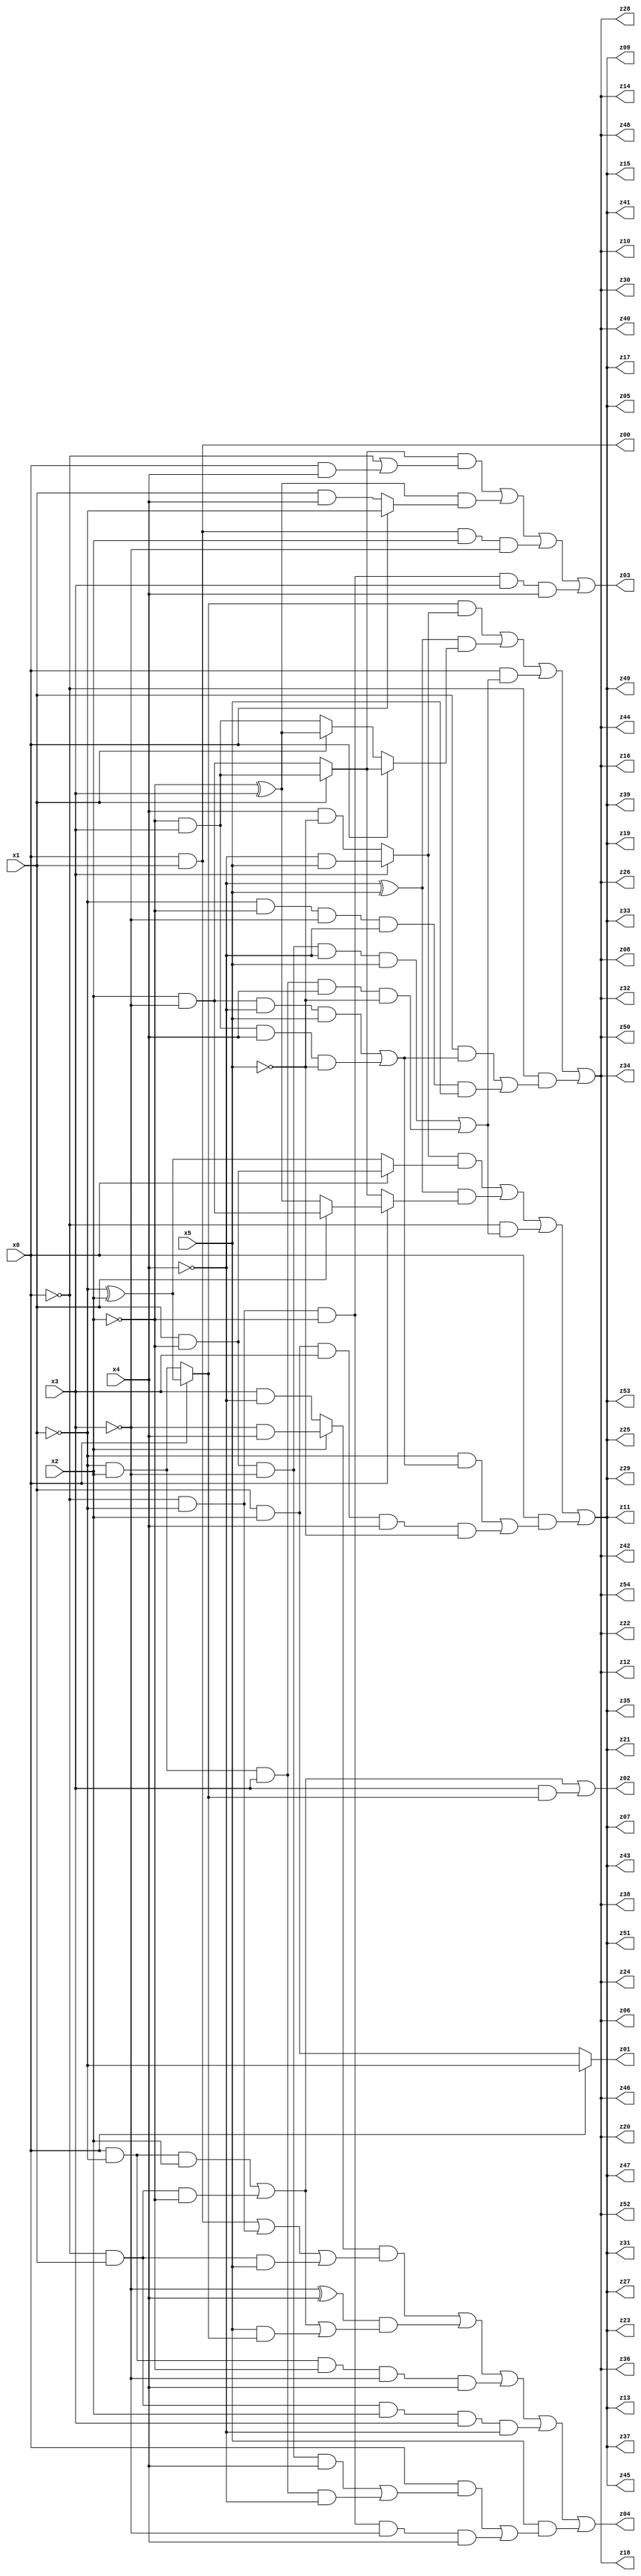
// Benchmark "q_9" written by ABC on Mon Jul 10 18:45:42 2023

module q_9 ( 
    x0, x1, x2, x3, x4, x5,
    z00, z01, z02, z03, z04, z05, z06, z07, z08, z09, z10, z11, z12, z13,
    z14, z15, z16, z17, z18, z19, z20, z21, z22, z23, z24, z25, z26, z27,
    z28, z29, z30, z31, z32, z33, z34, z35, z36, z37, z38, z39, z40, z41,
    z42, z43, z44, z45, z46, z47, z48, z49, z50, z51, z52, z53, z54  );
  input  x0, x1, x2, x3, x4, x5;
  output z00, z01, z02, z03, z04, z05, z06, z07, z08, z09, z10, z11, z12, z13,
    z14, z15, z16, z17, z18, z19, z20, z21, z22, z23, z24, z25, z26, z27,
    z28, z29, z30, z31, z32, z33, z34, z35, z36, z37, z38, z39, z40, z41,
    z42, z43, z44, z45, z46, z47, z48, z49, z50, z51, z52, z53, z54;
  assign z00 = x0 & x1;
  assign z01 = x0 ? ~x1 : (x1 & x2);
  assign z02 = (x0 & ~x1 & x2) | (~x0 & x1 & ~x2) | (x3 & (x0 ? (~x1 ^ x2) : (~x1 & x2)));
  assign z03 = ((x1 ? (~x2 & x3) : (x2 & ~x3)) & (~x0 | (x0 & x4))) | ((~x2 ^ x3) & (x0 ? ~x1 : (x1 & x4))) | (x0 & x1 & x2 & ~x3) | (~x0 & ~x1 & ~x2 & x3 & x4);
  assign z04 = ((x2 ? (~x3 & x4) : (x3 & ~x4)) & ((x0 & x1) | (~x0 & ~x1) | (~x0 & x1 & x5))) | ((~x3 ^ x4) & ((x0 & ~x1 & x2) | (~x0 & x1 & ~x2) | (x5 & (x0 ? (~x1 ^ x2) : (~x1 & x2))))) | (x0 & ~x1 & ~x2 & ~x3 & x4) | (~x0 & x1 & x2 & x3 & ~x4) | (x5 & ((x0 & ((x1 & ~x2 & ~x3 & x4) | (~x1 & x2 & x3 & ~x4))) | (~x0 & ~x1 & ~x2 & ~x3 & x4)));
  assign z05 = ((x3 ? (~x4 & x5) : (x4 & ~x5)) & (x0 ? (x1 & ~x2) : (~x1 ^ x2))) | ((~x4 ^ x5) & (x0 ? (x1 ? (x2 & ~x3) : (~x2 ^ x3)) : (x1 ? (~x2 & x3) : (x2 & ~x3)))) | (~x0 & ((x1 & ~x2 & ~x3 & ~x4 & x5) | (~x1 & x2 & x3 & x4 & ~x5))) | (x0 & ((~x1 & ((x2 & ~x3 & ~x4 & x5) | (~x2 & x3 & x4 & ~x5))) | (x1 & x2 & x3 & x4 & ~x5)));
  assign z06 = ((x0 ? (~x1 ^ x2) : (~x1 & x2)) & (x3 ? (~x4 & x5) : (x4 & ~x5))) | ((~x4 ^ x5) & (x0 ? (x1 ? (~x2 & x3) : (x2 & ~x3)) : (x1 ? (~x2 ^ x3) : (~x2 & x3)))) | (x0 & ((x1 & ~x2 & ~x3 & ~x4 & x5) | (~x1 & x2 & x3 & x4 & ~x5))) | (~x0 & ((x1 & ((x2 & ~x3 & ~x4 & x5) | (~x2 & x3 & x4 & ~x5))) | (~x1 & ~x2 & ~x3 & ~x4 & x5)));
  assign z07 = ((x3 ? (~x4 & x5) : (x4 & ~x5)) & (x0 ? (x1 & ~x2) : (~x1 ^ x2))) | ((~x4 ^ x5) & (x0 ? (x1 ? (x2 & ~x3) : (~x2 ^ x3)) : (x1 ? (~x2 & x3) : (x2 & ~x3)))) | (~x0 & ((x1 & ~x2 & ~x3 & ~x4 & x5) | (~x1 & x2 & x3 & x4 & ~x5))) | (x0 & ((~x1 & ((x2 & ~x3 & ~x4 & x5) | (~x2 & x3 & x4 & ~x5))) | (x1 & x2 & x3 & x4 & ~x5)));
  assign z08 = ((x0 ? (~x1 ^ x2) : (~x1 & x2)) & (x3 ? (~x4 & x5) : (x4 & ~x5))) | ((~x4 ^ x5) & (x0 ? (x1 ? (~x2 & x3) : (x2 & ~x3)) : (x1 ? (~x2 ^ x3) : (~x2 & x3)))) | (x0 & ((x1 & ~x2 & ~x3 & ~x4 & x5) | (~x1 & x2 & x3 & x4 & ~x5))) | (~x0 & ((x1 & ((x2 & ~x3 & ~x4 & x5) | (~x2 & x3 & x4 & ~x5))) | (~x1 & ~x2 & ~x3 & ~x4 & x5)));
  assign z09 = ((x3 ? (~x4 & x5) : (x4 & ~x5)) & (x0 ? (x1 & ~x2) : (~x1 ^ x2))) | ((~x4 ^ x5) & (x0 ? (x1 ? (x2 & ~x3) : (~x2 ^ x3)) : (x1 ? (~x2 & x3) : (x2 & ~x3)))) | (~x0 & ((x1 & ~x2 & ~x3 & ~x4 & x5) | (~x1 & x2 & x3 & x4 & ~x5))) | (x0 & ((~x1 & ((x2 & ~x3 & ~x4 & x5) | (~x2 & x3 & x4 & ~x5))) | (x1 & x2 & x3 & x4 & ~x5)));
  assign z10 = ((x0 ? (~x1 ^ x2) : (~x1 & x2)) & (x3 ? (~x4 & x5) : (x4 & ~x5))) | ((~x4 ^ x5) & (x0 ? (x1 ? (~x2 & x3) : (x2 & ~x3)) : (x1 ? (~x2 ^ x3) : (~x2 & x3)))) | (x0 & ((x1 & ~x2 & ~x3 & ~x4 & x5) | (~x1 & x2 & x3 & x4 & ~x5))) | (~x0 & ((x1 & ((x2 & ~x3 & ~x4 & x5) | (~x2 & x3 & x4 & ~x5))) | (~x1 & ~x2 & ~x3 & ~x4 & x5)));
  assign z11 = ((x3 ? (~x4 & x5) : (x4 & ~x5)) & (x0 ? (x1 & ~x2) : (~x1 ^ x2))) | ((~x4 ^ x5) & (x0 ? (x1 ? (x2 & ~x3) : (~x2 ^ x3)) : (x1 ? (~x2 & x3) : (x2 & ~x3)))) | (~x0 & ((x1 & ~x2 & ~x3 & ~x4 & x5) | (~x1 & x2 & x3 & x4 & ~x5))) | (x0 & ((~x1 & ((x2 & ~x3 & ~x4 & x5) | (~x2 & x3 & x4 & ~x5))) | (x1 & x2 & x3 & x4 & ~x5)));
  assign z12 = ((x0 ? (~x1 ^ x2) : (~x1 & x2)) & (x3 ? (~x4 & x5) : (x4 & ~x5))) | ((~x4 ^ x5) & (x0 ? (x1 ? (~x2 & x3) : (x2 & ~x3)) : (x1 ? (~x2 ^ x3) : (~x2 & x3)))) | (x0 & ((x1 & ~x2 & ~x3 & ~x4 & x5) | (~x1 & x2 & x3 & x4 & ~x5))) | (~x0 & ((x1 & ((x2 & ~x3 & ~x4 & x5) | (~x2 & x3 & x4 & ~x5))) | (~x1 & ~x2 & ~x3 & ~x4 & x5)));
  assign z13 = ((x3 ? (~x4 & x5) : (x4 & ~x5)) & (x0 ? (x1 & ~x2) : (~x1 ^ x2))) | ((~x4 ^ x5) & (x0 ? (x1 ? (x2 & ~x3) : (~x2 ^ x3)) : (x1 ? (~x2 & x3) : (x2 & ~x3)))) | (~x0 & ((x1 & ~x2 & ~x3 & ~x4 & x5) | (~x1 & x2 & x3 & x4 & ~x5))) | (x0 & ((~x1 & ((x2 & ~x3 & ~x4 & x5) | (~x2 & x3 & x4 & ~x5))) | (x1 & x2 & x3 & x4 & ~x5)));
  assign z14 = ((x0 ? (~x1 ^ x2) : (~x1 & x2)) & (x3 ? (~x4 & x5) : (x4 & ~x5))) | ((~x4 ^ x5) & (x0 ? (x1 ? (~x2 & x3) : (x2 & ~x3)) : (x1 ? (~x2 ^ x3) : (~x2 & x3)))) | (x0 & ((x1 & ~x2 & ~x3 & ~x4 & x5) | (~x1 & x2 & x3 & x4 & ~x5))) | (~x0 & ((x1 & ((x2 & ~x3 & ~x4 & x5) | (~x2 & x3 & x4 & ~x5))) | (~x1 & ~x2 & ~x3 & ~x4 & x5)));
  assign z15 = ((x3 ? (~x4 & x5) : (x4 & ~x5)) & (x0 ? (x1 & ~x2) : (~x1 ^ x2))) | ((~x4 ^ x5) & (x0 ? (x1 ? (x2 & ~x3) : (~x2 ^ x3)) : (x1 ? (~x2 & x3) : (x2 & ~x3)))) | (~x0 & ((x1 & ~x2 & ~x3 & ~x4 & x5) | (~x1 & x2 & x3 & x4 & ~x5))) | (x0 & ((~x1 & ((x2 & ~x3 & ~x4 & x5) | (~x2 & x3 & x4 & ~x5))) | (x1 & x2 & x3 & x4 & ~x5)));
  assign z16 = ((x0 ? (~x1 ^ x2) : (~x1 & x2)) & (x3 ? (~x4 & x5) : (x4 & ~x5))) | ((~x4 ^ x5) & (x0 ? (x1 ? (~x2 & x3) : (x2 & ~x3)) : (x1 ? (~x2 ^ x3) : (~x2 & x3)))) | (x0 & ((x1 & ~x2 & ~x3 & ~x4 & x5) | (~x1 & x2 & x3 & x4 & ~x5))) | (~x0 & ((x1 & ((x2 & ~x3 & ~x4 & x5) | (~x2 & x3 & x4 & ~x5))) | (~x1 & ~x2 & ~x3 & ~x4 & x5)));
  assign z17 = ((x3 ? (~x4 & x5) : (x4 & ~x5)) & (x0 ? (x1 & ~x2) : (~x1 ^ x2))) | ((~x4 ^ x5) & (x0 ? (x1 ? (x2 & ~x3) : (~x2 ^ x3)) : (x1 ? (~x2 & x3) : (x2 & ~x3)))) | (~x0 & ((x1 & ~x2 & ~x3 & ~x4 & x5) | (~x1 & x2 & x3 & x4 & ~x5))) | (x0 & ((~x1 & ((x2 & ~x3 & ~x4 & x5) | (~x2 & x3 & x4 & ~x5))) | (x1 & x2 & x3 & x4 & ~x5)));
  assign z18 = ((x0 ? (~x1 ^ x2) : (~x1 & x2)) & (x3 ? (~x4 & x5) : (x4 & ~x5))) | ((~x4 ^ x5) & (x0 ? (x1 ? (~x2 & x3) : (x2 & ~x3)) : (x1 ? (~x2 ^ x3) : (~x2 & x3)))) | (x0 & ((x1 & ~x2 & ~x3 & ~x4 & x5) | (~x1 & x2 & x3 & x4 & ~x5))) | (~x0 & ((x1 & ((x2 & ~x3 & ~x4 & x5) | (~x2 & x3 & x4 & ~x5))) | (~x1 & ~x2 & ~x3 & ~x4 & x5)));
  assign z19 = ((x3 ? (~x4 & x5) : (x4 & ~x5)) & (x0 ? (x1 & ~x2) : (~x1 ^ x2))) | ((~x4 ^ x5) & (x0 ? (x1 ? (x2 & ~x3) : (~x2 ^ x3)) : (x1 ? (~x2 & x3) : (x2 & ~x3)))) | (~x0 & ((x1 & ~x2 & ~x3 & ~x4 & x5) | (~x1 & x2 & x3 & x4 & ~x5))) | (x0 & ((~x1 & ((x2 & ~x3 & ~x4 & x5) | (~x2 & x3 & x4 & ~x5))) | (x1 & x2 & x3 & x4 & ~x5)));
  assign z20 = ((x0 ? (~x1 ^ x2) : (~x1 & x2)) & (x3 ? (~x4 & x5) : (x4 & ~x5))) | ((~x4 ^ x5) & (x0 ? (x1 ? (~x2 & x3) : (x2 & ~x3)) : (x1 ? (~x2 ^ x3) : (~x2 & x3)))) | (x0 & ((x1 & ~x2 & ~x3 & ~x4 & x5) | (~x1 & x2 & x3 & x4 & ~x5))) | (~x0 & ((x1 & ((x2 & ~x3 & ~x4 & x5) | (~x2 & x3 & x4 & ~x5))) | (~x1 & ~x2 & ~x3 & ~x4 & x5)));
  assign z21 = ((x3 ? (~x4 & x5) : (x4 & ~x5)) & (x0 ? (x1 & ~x2) : (~x1 ^ x2))) | ((~x4 ^ x5) & (x0 ? (x1 ? (x2 & ~x3) : (~x2 ^ x3)) : (x1 ? (~x2 & x3) : (x2 & ~x3)))) | (~x0 & ((x1 & ~x2 & ~x3 & ~x4 & x5) | (~x1 & x2 & x3 & x4 & ~x5))) | (x0 & ((~x1 & ((x2 & ~x3 & ~x4 & x5) | (~x2 & x3 & x4 & ~x5))) | (x1 & x2 & x3 & x4 & ~x5)));
  assign z22 = ((x0 ? (~x1 ^ x2) : (~x1 & x2)) & (x3 ? (~x4 & x5) : (x4 & ~x5))) | ((~x4 ^ x5) & (x0 ? (x1 ? (~x2 & x3) : (x2 & ~x3)) : (x1 ? (~x2 ^ x3) : (~x2 & x3)))) | (x0 & ((x1 & ~x2 & ~x3 & ~x4 & x5) | (~x1 & x2 & x3 & x4 & ~x5))) | (~x0 & ((x1 & ((x2 & ~x3 & ~x4 & x5) | (~x2 & x3 & x4 & ~x5))) | (~x1 & ~x2 & ~x3 & ~x4 & x5)));
  assign z23 = ((x3 ? (~x4 & x5) : (x4 & ~x5)) & (x0 ? (x1 & ~x2) : (~x1 ^ x2))) | ((~x4 ^ x5) & (x0 ? (x1 ? (x2 & ~x3) : (~x2 ^ x3)) : (x1 ? (~x2 & x3) : (x2 & ~x3)))) | (~x0 & ((x1 & ~x2 & ~x3 & ~x4 & x5) | (~x1 & x2 & x3 & x4 & ~x5))) | (x0 & ((~x1 & ((x2 & ~x3 & ~x4 & x5) | (~x2 & x3 & x4 & ~x5))) | (x1 & x2 & x3 & x4 & ~x5)));
  assign z24 = ((x0 ? (~x1 ^ x2) : (~x1 & x2)) & (x3 ? (~x4 & x5) : (x4 & ~x5))) | ((~x4 ^ x5) & (x0 ? (x1 ? (~x2 & x3) : (x2 & ~x3)) : (x1 ? (~x2 ^ x3) : (~x2 & x3)))) | (x0 & ((x1 & ~x2 & ~x3 & ~x4 & x5) | (~x1 & x2 & x3 & x4 & ~x5))) | (~x0 & ((x1 & ((x2 & ~x3 & ~x4 & x5) | (~x2 & x3 & x4 & ~x5))) | (~x1 & ~x2 & ~x3 & ~x4 & x5)));
  assign z25 = ((x3 ? (~x4 & x5) : (x4 & ~x5)) & (x0 ? (x1 & ~x2) : (~x1 ^ x2))) | ((~x4 ^ x5) & (x0 ? (x1 ? (x2 & ~x3) : (~x2 ^ x3)) : (x1 ? (~x2 & x3) : (x2 & ~x3)))) | (~x0 & ((x1 & ~x2 & ~x3 & ~x4 & x5) | (~x1 & x2 & x3 & x4 & ~x5))) | (x0 & ((~x1 & ((x2 & ~x3 & ~x4 & x5) | (~x2 & x3 & x4 & ~x5))) | (x1 & x2 & x3 & x4 & ~x5)));
  assign z26 = ((x0 ? (~x1 ^ x2) : (~x1 & x2)) & (x3 ? (~x4 & x5) : (x4 & ~x5))) | ((~x4 ^ x5) & (x0 ? (x1 ? (~x2 & x3) : (x2 & ~x3)) : (x1 ? (~x2 ^ x3) : (~x2 & x3)))) | (x0 & ((x1 & ~x2 & ~x3 & ~x4 & x5) | (~x1 & x2 & x3 & x4 & ~x5))) | (~x0 & ((x1 & ((x2 & ~x3 & ~x4 & x5) | (~x2 & x3 & x4 & ~x5))) | (~x1 & ~x2 & ~x3 & ~x4 & x5)));
  assign z27 = ((x3 ? (~x4 & x5) : (x4 & ~x5)) & (x0 ? (x1 & ~x2) : (~x1 ^ x2))) | ((~x4 ^ x5) & (x0 ? (x1 ? (x2 & ~x3) : (~x2 ^ x3)) : (x1 ? (~x2 & x3) : (x2 & ~x3)))) | (~x0 & ((x1 & ~x2 & ~x3 & ~x4 & x5) | (~x1 & x2 & x3 & x4 & ~x5))) | (x0 & ((~x1 & ((x2 & ~x3 & ~x4 & x5) | (~x2 & x3 & x4 & ~x5))) | (x1 & x2 & x3 & x4 & ~x5)));
  assign z28 = ((x0 ? (~x1 ^ x2) : (~x1 & x2)) & (x3 ? (~x4 & x5) : (x4 & ~x5))) | ((~x4 ^ x5) & (x0 ? (x1 ? (~x2 & x3) : (x2 & ~x3)) : (x1 ? (~x2 ^ x3) : (~x2 & x3)))) | (x0 & ((x1 & ~x2 & ~x3 & ~x4 & x5) | (~x1 & x2 & x3 & x4 & ~x5))) | (~x0 & ((x1 & ((x2 & ~x3 & ~x4 & x5) | (~x2 & x3 & x4 & ~x5))) | (~x1 & ~x2 & ~x3 & ~x4 & x5)));
  assign z29 = ((x3 ? (~x4 & x5) : (x4 & ~x5)) & (x0 ? (x1 & ~x2) : (~x1 ^ x2))) | ((~x4 ^ x5) & (x0 ? (x1 ? (x2 & ~x3) : (~x2 ^ x3)) : (x1 ? (~x2 & x3) : (x2 & ~x3)))) | (~x0 & ((x1 & ~x2 & ~x3 & ~x4 & x5) | (~x1 & x2 & x3 & x4 & ~x5))) | (x0 & ((~x1 & ((x2 & ~x3 & ~x4 & x5) | (~x2 & x3 & x4 & ~x5))) | (x1 & x2 & x3 & x4 & ~x5)));
  assign z30 = ((x0 ? (~x1 ^ x2) : (~x1 & x2)) & (x3 ? (~x4 & x5) : (x4 & ~x5))) | ((~x4 ^ x5) & (x0 ? (x1 ? (~x2 & x3) : (x2 & ~x3)) : (x1 ? (~x2 ^ x3) : (~x2 & x3)))) | (x0 & ((x1 & ~x2 & ~x3 & ~x4 & x5) | (~x1 & x2 & x3 & x4 & ~x5))) | (~x0 & ((x1 & ((x2 & ~x3 & ~x4 & x5) | (~x2 & x3 & x4 & ~x5))) | (~x1 & ~x2 & ~x3 & ~x4 & x5)));
  assign z31 = ((x3 ? (~x4 & x5) : (x4 & ~x5)) & (x0 ? (x1 & ~x2) : (~x1 ^ x2))) | ((~x4 ^ x5) & (x0 ? (x1 ? (x2 & ~x3) : (~x2 ^ x3)) : (x1 ? (~x2 & x3) : (x2 & ~x3)))) | (~x0 & ((x1 & ~x2 & ~x3 & ~x4 & x5) | (~x1 & x2 & x3 & x4 & ~x5))) | (x0 & ((~x1 & ((x2 & ~x3 & ~x4 & x5) | (~x2 & x3 & x4 & ~x5))) | (x1 & x2 & x3 & x4 & ~x5)));
  assign z32 = ((x0 ? (~x1 ^ x2) : (~x1 & x2)) & (x3 ? (~x4 & x5) : (x4 & ~x5))) | ((~x4 ^ x5) & (x0 ? (x1 ? (~x2 & x3) : (x2 & ~x3)) : (x1 ? (~x2 ^ x3) : (~x2 & x3)))) | (x0 & ((x1 & ~x2 & ~x3 & ~x4 & x5) | (~x1 & x2 & x3 & x4 & ~x5))) | (~x0 & ((x1 & ((x2 & ~x3 & ~x4 & x5) | (~x2 & x3 & x4 & ~x5))) | (~x1 & ~x2 & ~x3 & ~x4 & x5)));
  assign z33 = ((x3 ? (~x4 & x5) : (x4 & ~x5)) & (x0 ? (x1 & ~x2) : (~x1 ^ x2))) | ((~x4 ^ x5) & (x0 ? (x1 ? (x2 & ~x3) : (~x2 ^ x3)) : (x1 ? (~x2 & x3) : (x2 & ~x3)))) | (~x0 & ((x1 & ~x2 & ~x3 & ~x4 & x5) | (~x1 & x2 & x3 & x4 & ~x5))) | (x0 & ((~x1 & ((x2 & ~x3 & ~x4 & x5) | (~x2 & x3 & x4 & ~x5))) | (x1 & x2 & x3 & x4 & ~x5)));
  assign z34 = ((x0 ? (~x1 ^ x2) : (~x1 & x2)) & (x3 ? (~x4 & x5) : (x4 & ~x5))) | ((~x4 ^ x5) & (x0 ? (x1 ? (~x2 & x3) : (x2 & ~x3)) : (x1 ? (~x2 ^ x3) : (~x2 & x3)))) | (x0 & ((x1 & ~x2 & ~x3 & ~x4 & x5) | (~x1 & x2 & x3 & x4 & ~x5))) | (~x0 & ((x1 & ((x2 & ~x3 & ~x4 & x5) | (~x2 & x3 & x4 & ~x5))) | (~x1 & ~x2 & ~x3 & ~x4 & x5)));
  assign z35 = ((x3 ? (~x4 & x5) : (x4 & ~x5)) & (x0 ? (x1 & ~x2) : (~x1 ^ x2))) | ((~x4 ^ x5) & (x0 ? (x1 ? (x2 & ~x3) : (~x2 ^ x3)) : (x1 ? (~x2 & x3) : (x2 & ~x3)))) | (~x0 & ((x1 & ~x2 & ~x3 & ~x4 & x5) | (~x1 & x2 & x3 & x4 & ~x5))) | (x0 & ((~x1 & ((x2 & ~x3 & ~x4 & x5) | (~x2 & x3 & x4 & ~x5))) | (x1 & x2 & x3 & x4 & ~x5)));
  assign z36 = ((x0 ? (~x1 ^ x2) : (~x1 & x2)) & (x3 ? (~x4 & x5) : (x4 & ~x5))) | ((~x4 ^ x5) & (x0 ? (x1 ? (~x2 & x3) : (x2 & ~x3)) : (x1 ? (~x2 ^ x3) : (~x2 & x3)))) | (x0 & ((x1 & ~x2 & ~x3 & ~x4 & x5) | (~x1 & x2 & x3 & x4 & ~x5))) | (~x0 & ((x1 & ((x2 & ~x3 & ~x4 & x5) | (~x2 & x3 & x4 & ~x5))) | (~x1 & ~x2 & ~x3 & ~x4 & x5)));
  assign z37 = ((x3 ? (~x4 & x5) : (x4 & ~x5)) & (x0 ? (x1 & ~x2) : (~x1 ^ x2))) | ((~x4 ^ x5) & (x0 ? (x1 ? (x2 & ~x3) : (~x2 ^ x3)) : (x1 ? (~x2 & x3) : (x2 & ~x3)))) | (~x0 & ((x1 & ~x2 & ~x3 & ~x4 & x5) | (~x1 & x2 & x3 & x4 & ~x5))) | (x0 & ((~x1 & ((x2 & ~x3 & ~x4 & x5) | (~x2 & x3 & x4 & ~x5))) | (x1 & x2 & x3 & x4 & ~x5)));
  assign z38 = ((x0 ? (~x1 ^ x2) : (~x1 & x2)) & (x3 ? (~x4 & x5) : (x4 & ~x5))) | ((~x4 ^ x5) & (x0 ? (x1 ? (~x2 & x3) : (x2 & ~x3)) : (x1 ? (~x2 ^ x3) : (~x2 & x3)))) | (x0 & ((x1 & ~x2 & ~x3 & ~x4 & x5) | (~x1 & x2 & x3 & x4 & ~x5))) | (~x0 & ((x1 & ((x2 & ~x3 & ~x4 & x5) | (~x2 & x3 & x4 & ~x5))) | (~x1 & ~x2 & ~x3 & ~x4 & x5)));
  assign z39 = ((x3 ? (~x4 & x5) : (x4 & ~x5)) & (x0 ? (x1 & ~x2) : (~x1 ^ x2))) | ((~x4 ^ x5) & (x0 ? (x1 ? (x2 & ~x3) : (~x2 ^ x3)) : (x1 ? (~x2 & x3) : (x2 & ~x3)))) | (~x0 & ((x1 & ~x2 & ~x3 & ~x4 & x5) | (~x1 & x2 & x3 & x4 & ~x5))) | (x0 & ((~x1 & ((x2 & ~x3 & ~x4 & x5) | (~x2 & x3 & x4 & ~x5))) | (x1 & x2 & x3 & x4 & ~x5)));
  assign z40 = ((x0 ? (~x1 ^ x2) : (~x1 & x2)) & (x3 ? (~x4 & x5) : (x4 & ~x5))) | ((~x4 ^ x5) & (x0 ? (x1 ? (~x2 & x3) : (x2 & ~x3)) : (x1 ? (~x2 ^ x3) : (~x2 & x3)))) | (x0 & ((x1 & ~x2 & ~x3 & ~x4 & x5) | (~x1 & x2 & x3 & x4 & ~x5))) | (~x0 & ((x1 & ((x2 & ~x3 & ~x4 & x5) | (~x2 & x3 & x4 & ~x5))) | (~x1 & ~x2 & ~x3 & ~x4 & x5)));
  assign z41 = ((x3 ? (~x4 & x5) : (x4 & ~x5)) & (x0 ? (x1 & ~x2) : (~x1 ^ x2))) | ((~x4 ^ x5) & (x0 ? (x1 ? (x2 & ~x3) : (~x2 ^ x3)) : (x1 ? (~x2 & x3) : (x2 & ~x3)))) | (~x0 & ((x1 & ~x2 & ~x3 & ~x4 & x5) | (~x1 & x2 & x3 & x4 & ~x5))) | (x0 & ((~x1 & ((x2 & ~x3 & ~x4 & x5) | (~x2 & x3 & x4 & ~x5))) | (x1 & x2 & x3 & x4 & ~x5)));
  assign z42 = ((x0 ? (~x1 ^ x2) : (~x1 & x2)) & (x3 ? (~x4 & x5) : (x4 & ~x5))) | ((~x4 ^ x5) & (x0 ? (x1 ? (~x2 & x3) : (x2 & ~x3)) : (x1 ? (~x2 ^ x3) : (~x2 & x3)))) | (x0 & ((x1 & ~x2 & ~x3 & ~x4 & x5) | (~x1 & x2 & x3 & x4 & ~x5))) | (~x0 & ((x1 & ((x2 & ~x3 & ~x4 & x5) | (~x2 & x3 & x4 & ~x5))) | (~x1 & ~x2 & ~x3 & ~x4 & x5)));
  assign z43 = ((x3 ? (~x4 & x5) : (x4 & ~x5)) & (x0 ? (x1 & ~x2) : (~x1 ^ x2))) | ((~x4 ^ x5) & (x0 ? (x1 ? (x2 & ~x3) : (~x2 ^ x3)) : (x1 ? (~x2 & x3) : (x2 & ~x3)))) | (~x0 & ((x1 & ~x2 & ~x3 & ~x4 & x5) | (~x1 & x2 & x3 & x4 & ~x5))) | (x0 & ((~x1 & ((x2 & ~x3 & ~x4 & x5) | (~x2 & x3 & x4 & ~x5))) | (x1 & x2 & x3 & x4 & ~x5)));
  assign z44 = ((x0 ? (~x1 ^ x2) : (~x1 & x2)) & (x3 ? (~x4 & x5) : (x4 & ~x5))) | ((~x4 ^ x5) & (x0 ? (x1 ? (~x2 & x3) : (x2 & ~x3)) : (x1 ? (~x2 ^ x3) : (~x2 & x3)))) | (x0 & ((x1 & ~x2 & ~x3 & ~x4 & x5) | (~x1 & x2 & x3 & x4 & ~x5))) | (~x0 & ((x1 & ((x2 & ~x3 & ~x4 & x5) | (~x2 & x3 & x4 & ~x5))) | (~x1 & ~x2 & ~x3 & ~x4 & x5)));
  assign z45 = ((x3 ? (~x4 & x5) : (x4 & ~x5)) & (x0 ? (x1 & ~x2) : (~x1 ^ x2))) | ((~x4 ^ x5) & (x0 ? (x1 ? (x2 & ~x3) : (~x2 ^ x3)) : (x1 ? (~x2 & x3) : (x2 & ~x3)))) | (~x0 & ((x1 & ~x2 & ~x3 & ~x4 & x5) | (~x1 & x2 & x3 & x4 & ~x5))) | (x0 & ((~x1 & ((x2 & ~x3 & ~x4 & x5) | (~x2 & x3 & x4 & ~x5))) | (x1 & x2 & x3 & x4 & ~x5)));
  assign z46 = ((x0 ? (~x1 ^ x2) : (~x1 & x2)) & (x3 ? (~x4 & x5) : (x4 & ~x5))) | ((~x4 ^ x5) & (x0 ? (x1 ? (~x2 & x3) : (x2 & ~x3)) : (x1 ? (~x2 ^ x3) : (~x2 & x3)))) | (x0 & ((x1 & ~x2 & ~x3 & ~x4 & x5) | (~x1 & x2 & x3 & x4 & ~x5))) | (~x0 & ((x1 & ((x2 & ~x3 & ~x4 & x5) | (~x2 & x3 & x4 & ~x5))) | (~x1 & ~x2 & ~x3 & ~x4 & x5)));
  assign z47 = ((x3 ? (~x4 & x5) : (x4 & ~x5)) & (x0 ? (x1 & ~x2) : (~x1 ^ x2))) | ((~x4 ^ x5) & (x0 ? (x1 ? (x2 & ~x3) : (~x2 ^ x3)) : (x1 ? (~x2 & x3) : (x2 & ~x3)))) | (~x0 & ((x1 & ~x2 & ~x3 & ~x4 & x5) | (~x1 & x2 & x3 & x4 & ~x5))) | (x0 & ((~x1 & ((x2 & ~x3 & ~x4 & x5) | (~x2 & x3 & x4 & ~x5))) | (x1 & x2 & x3 & x4 & ~x5)));
  assign z48 = ((x0 ? (~x1 ^ x2) : (~x1 & x2)) & (x3 ? (~x4 & x5) : (x4 & ~x5))) | ((~x4 ^ x5) & (x0 ? (x1 ? (~x2 & x3) : (x2 & ~x3)) : (x1 ? (~x2 ^ x3) : (~x2 & x3)))) | (x0 & ((x1 & ~x2 & ~x3 & ~x4 & x5) | (~x1 & x2 & x3 & x4 & ~x5))) | (~x0 & ((x1 & ((x2 & ~x3 & ~x4 & x5) | (~x2 & x3 & x4 & ~x5))) | (~x1 & ~x2 & ~x3 & ~x4 & x5)));
  assign z49 = ((x3 ? (~x4 & x5) : (x4 & ~x5)) & (x0 ? (x1 & ~x2) : (~x1 ^ x2))) | ((~x4 ^ x5) & (x0 ? (x1 ? (x2 & ~x3) : (~x2 ^ x3)) : (x1 ? (~x2 & x3) : (x2 & ~x3)))) | (~x0 & ((x1 & ~x2 & ~x3 & ~x4 & x5) | (~x1 & x2 & x3 & x4 & ~x5))) | (x0 & ((~x1 & ((x2 & ~x3 & ~x4 & x5) | (~x2 & x3 & x4 & ~x5))) | (x1 & x2 & x3 & x4 & ~x5)));
  assign z50 = ((x0 ? (~x1 ^ x2) : (~x1 & x2)) & (x3 ? (~x4 & x5) : (x4 & ~x5))) | ((~x4 ^ x5) & (x0 ? (x1 ? (~x2 & x3) : (x2 & ~x3)) : (x1 ? (~x2 ^ x3) : (~x2 & x3)))) | (x0 & ((x1 & ~x2 & ~x3 & ~x4 & x5) | (~x1 & x2 & x3 & x4 & ~x5))) | (~x0 & ((x1 & ((x2 & ~x3 & ~x4 & x5) | (~x2 & x3 & x4 & ~x5))) | (~x1 & ~x2 & ~x3 & ~x4 & x5)));
  assign z51 = ((x3 ? (~x4 & x5) : (x4 & ~x5)) & (x0 ? (x1 & ~x2) : (~x1 ^ x2))) | ((~x4 ^ x5) & (x0 ? (x1 ? (x2 & ~x3) : (~x2 ^ x3)) : (x1 ? (~x2 & x3) : (x2 & ~x3)))) | (~x0 & ((x1 & ~x2 & ~x3 & ~x4 & x5) | (~x1 & x2 & x3 & x4 & ~x5))) | (x0 & ((~x1 & ((x2 & ~x3 & ~x4 & x5) | (~x2 & x3 & x4 & ~x5))) | (x1 & x2 & x3 & x4 & ~x5)));
  assign z52 = ((x0 ? (~x1 ^ x2) : (~x1 & x2)) & (x3 ? (~x4 & x5) : (x4 & ~x5))) | ((~x4 ^ x5) & (x0 ? (x1 ? (~x2 & x3) : (x2 & ~x3)) : (x1 ? (~x2 ^ x3) : (~x2 & x3)))) | (x0 & ((x1 & ~x2 & ~x3 & ~x4 & x5) | (~x1 & x2 & x3 & x4 & ~x5))) | (~x0 & ((x1 & ((x2 & ~x3 & ~x4 & x5) | (~x2 & x3 & x4 & ~x5))) | (~x1 & ~x2 & ~x3 & ~x4 & x5)));
  assign z53 = ((x3 ? (~x4 & x5) : (x4 & ~x5)) & (x0 ? (x1 & ~x2) : (~x1 ^ x2))) | ((~x4 ^ x5) & (x0 ? (x1 ? (x2 & ~x3) : (~x2 ^ x3)) : (x1 ? (~x2 & x3) : (x2 & ~x3)))) | (~x0 & ((x1 & ~x2 & ~x3 & ~x4 & x5) | (~x1 & x2 & x3 & x4 & ~x5))) | (x0 & ((~x1 & ((x2 & ~x3 & ~x4 & x5) | (~x2 & x3 & x4 & ~x5))) | (x1 & x2 & x3 & x4 & ~x5)));
  assign z54 = ((x0 ? (~x1 ^ x2) : (~x1 & x2)) & (x3 ? (~x4 & x5) : (x4 & ~x5))) | ((~x4 ^ x5) & (x0 ? (x1 ? (~x2 & x3) : (x2 & ~x3)) : (x1 ? (~x2 ^ x3) : (~x2 & x3)))) | (x0 & ((x1 & ~x2 & ~x3 & ~x4 & x5) | (~x1 & x2 & x3 & x4 & ~x5))) | (~x0 & ((x1 & ((x2 & ~x3 & ~x4 & x5) | (~x2 & x3 & x4 & ~x5))) | (~x1 & ~x2 & ~x3 & ~x4 & x5)));
endmodule